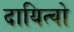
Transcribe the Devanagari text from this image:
दायित्वो